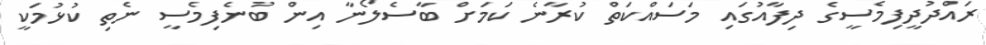
ރައްދުދީފިމެސީގެ ދިފާއުގައި މަސައްކަތް ކުރާނެ ކަމަށް ބާސެލޯނާ އިން ބުނެފިމެސީ ނެތި ކުޅުމަކީ